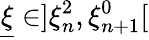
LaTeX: \underline{{\xi}}\in]\xi_{n}^{2},\xi_{n+1}^{0}[